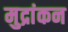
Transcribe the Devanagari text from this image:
मुद्रांकन